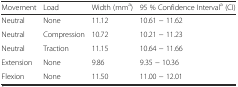
<table><thead><tr><td><b>Movement</b></td><td><b>Load</b></td><td><b>Width (mm<sup>a</sup>)</b></td><td><b>95 % Confidence Interval<sup>a</sup> (CI)</b></td></tr></thead><tbody><tr><td>Neutral</td><td>None</td><td>11.12</td><td>10.61 − 11.62</td></tr><tr><td>Neutral</td><td>Compression</td><td>10.72</td><td>10.21 − 11.23</td></tr><tr><td>Neutral</td><td>Traction</td><td>11.15</td><td>10.64 − 11.66</td></tr><tr><td>Extension</td><td>None</td><td>9.86</td><td>9.35 − 10.36</td></tr><tr><td>Flexion</td><td>None</td><td>11.50</td><td>11.00 − 12.01</td></tr></tbody></table>